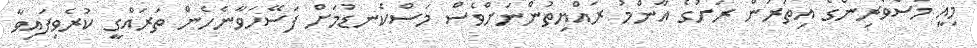
މިއީ މަސްވެރިންގެ އިތުރުން ރަށުގެ އާންމު ރައްޔިތުންނަށްވެސް މަސްކެނޑުމަށް ފަސޭހަވާނެހެން ތަރައްގީ ކުރެވިފައިވާ